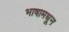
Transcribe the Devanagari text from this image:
भाषामधून